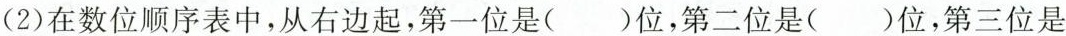
(2)在数位顺序表中，从右边起，第一位是( )位，第二位是( )位，第三位是